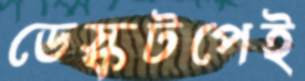
ডেস্কটপেই